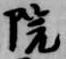
院